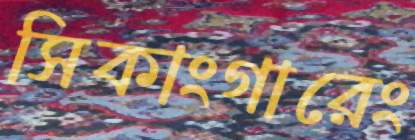
সিকাংগারেং